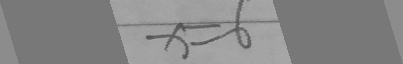
x = 6